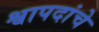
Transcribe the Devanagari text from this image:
श्वापदांचे